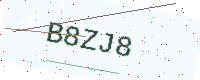
Text: B8ZJ8